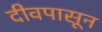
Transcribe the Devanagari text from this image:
दीवपासून